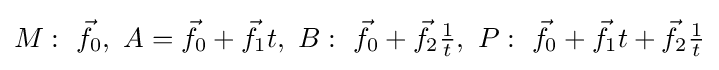
M:\ {\vec {f}}_{0},\ A={\vec {f}}_{0}+{\vec {f}}_{1}t,\ B:\ {\vec {f}}_{0}+{\vec {f}}_{2}{\tfrac {1}{t}},\ P:\ {\vec {f}}_{0}+{\vec {f}}_{1}t+{\vec {f}}_{2}{\tfrac {1}{t}}